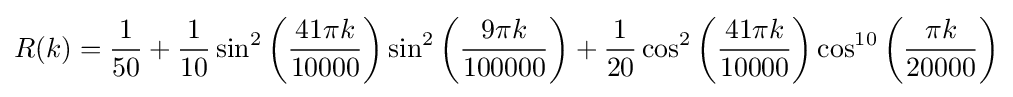
R(k)={\frac {1}{50}}+{\frac {1}{10}}\sin ^{2}\left({\frac {41\pi k}{10000}}\right)\sin ^{2}\left({\frac {9\pi k}{100000}}\right)+{\frac {1}{20}}\cos ^{2}\left({\frac {41\pi k}{10000}}\right)\cos ^{10}\left({\frac {\pi k}{20000}}\right)